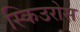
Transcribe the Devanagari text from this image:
स्किउरोस